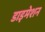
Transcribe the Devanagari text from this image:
डाइमेशन